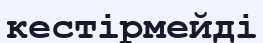
кестірмейді